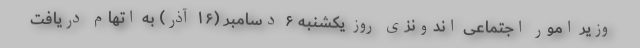
وزیر امور اجتماعی اندونزی روز یکشنبه ۶ دسامبر (۱۶ آذر) به اتهام دریافت